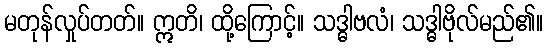
မတုန်လှုပ်တတ်။ ဣတိ၊ ထို့ကြောင့်။ သဒ္ဓါဗလံ၊ သဒ္ဓါဗိုလ်မည်၏။